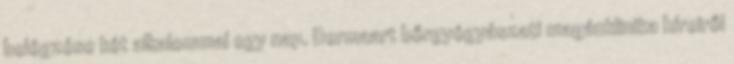
belégzése két alkalommal egy nap. Dermaart bőrgyógyászati magánklinika híreiről